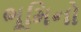
ભૂમિનો